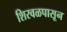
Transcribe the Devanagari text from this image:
शिरवळपासून